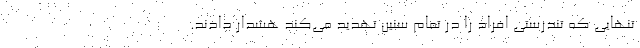
تنهایی که تندرستی افراد را در تمام سنین تهدید می‌کند هشدار دادند.